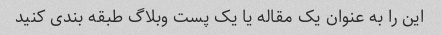
این را به عنوان یک مقاله یا یک پست وبلاگ طبقه بندی کنید